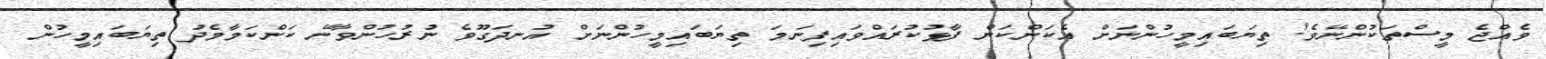
ވެއްޖެ މީސްތަކުންނޭވެ! ތިޔަބައިމީހުންނަށް އެކަންކަން ފާޅުކުރައްވައިފިނަމަ ތިޔަބައިމީހުންނަށް އުނދަގޫވެ ނުރުހުންވާނޭ ކަންކަމާމެދު ތިޔަބައިމީހުން